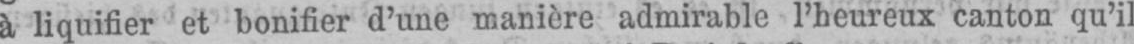
à liquifier et bonifier d’une manière admirable l’heureux canton qu’il